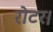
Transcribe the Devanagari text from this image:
रोटर।